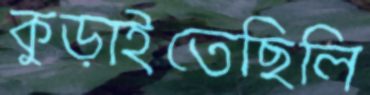
কুড়াইতেছিলি